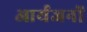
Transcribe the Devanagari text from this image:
आर्यजनों